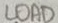
Text: LOAD